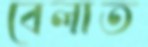
বেলাত